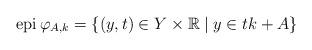
LaTeX: \begin{align*}\operatorname*{epi}\varphi _{A,k} =\{(y,t)\in Y\times \mathbb{R} \mid y\in tk+A\}\end{align*}